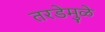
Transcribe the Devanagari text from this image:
तरडेमुळे